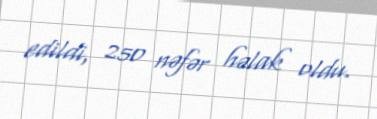
edildi, 250 nəfər həlak oldu.